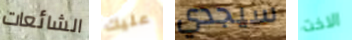
الشائعات عليك سيجدي الاخت